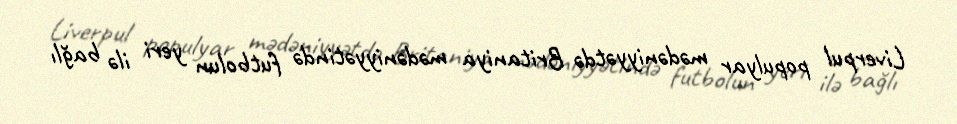
Liverpul populyar mədəniyyətdə Britaniya mədəniyyətində futbolun yeri ilə bağlı